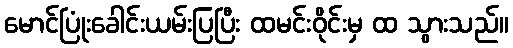
မောင်ပြုံးခေါင်းယမ်းပြပြီး ထမင်းဝိုင်းမှ ထ သွားသည်။